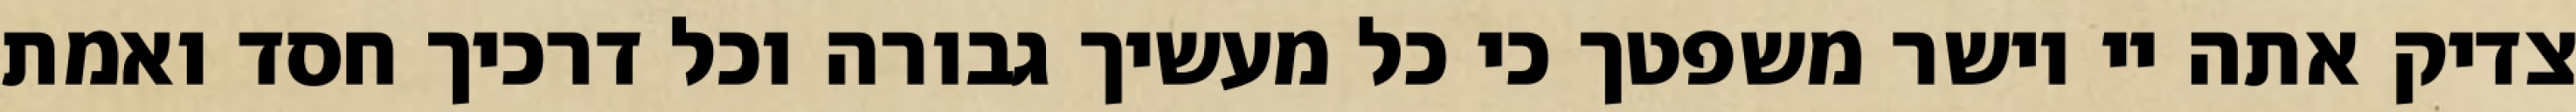
צדיק אתה יי וישר משפטך כי כל מעשיך גבורה וכל דרכיך חסד ואמת